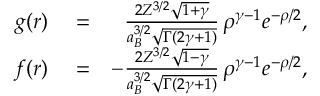
\begin{array} { r l r } { g ( r ) } & { { } = } & { \frac { 2 Z ^ { 3 / 2 } \sqrt { 1 + \gamma } } { a _ { B } ^ { 3 / 2 } \sqrt { \Gamma ( 2 \gamma + 1 ) } } \, \rho ^ { \gamma - 1 } e ^ { - \rho / 2 } , } \\ { f ( r ) } & { { } = } & { - \frac { 2 Z ^ { 3 / 2 } \sqrt { 1 - \gamma } } { a _ { B } ^ { 3 / 2 } \sqrt { \Gamma ( 2 \gamma + 1 ) } } \, \rho ^ { \gamma - 1 } e ^ { - \rho / 2 } , } \end{array}